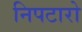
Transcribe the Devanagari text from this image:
निपटारो